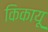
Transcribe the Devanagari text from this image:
किकायू